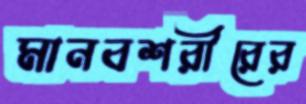
মানবশরীরের